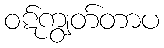
ဝဋ်ကျွတ်တာပ